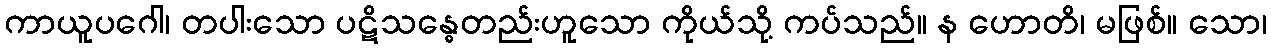
ကာယူပဂေါ၊ တပါးသော ပဋိသန္ဓေတည်းဟူသော ကိုယ်သို့ ကပ်သည်။ န ဟောတိ၊ မဖြစ်။ သော၊